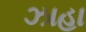
ઝાહા